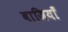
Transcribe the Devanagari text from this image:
बाजियाँ